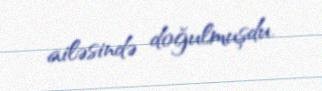
ailəsində doğulmuşdu.